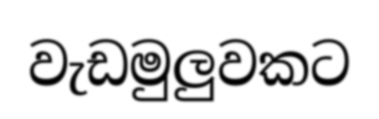
වැඩමුලුවකට